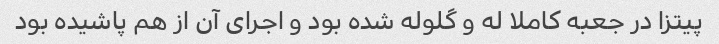
پیتزا در جعبه کاملا له و گلوله شده بود و اجرای آن از هم پاشیده بود